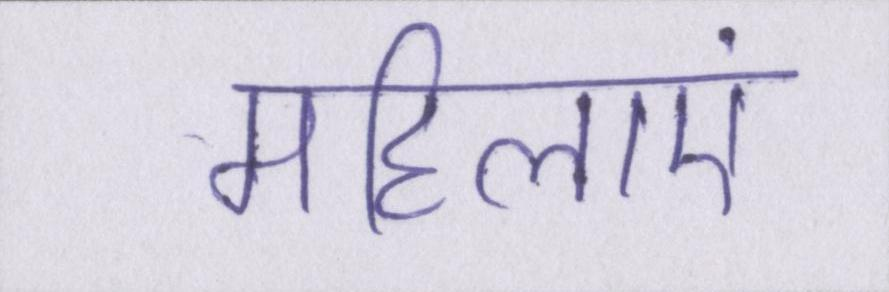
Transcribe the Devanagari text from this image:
महिलाएं